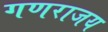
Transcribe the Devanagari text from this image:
गणराजय